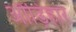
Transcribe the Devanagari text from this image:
औंड़िहार